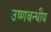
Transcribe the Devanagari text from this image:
उष्णबन्धीय